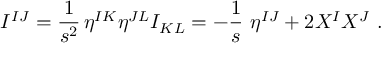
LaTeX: I ^ { I J } = \frac { 1 } { s ^ { 2 } } \, \eta ^ { I K } \eta ^ { J L } I _ { K L } = - \frac 1 s \ \eta ^ { I J } + 2 X ^ { I } X ^ { J } \ .